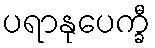
ပရာနုပေက္ခီ